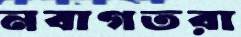
নবাগতরা